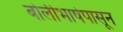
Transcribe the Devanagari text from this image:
बोलीभाषेपासून